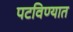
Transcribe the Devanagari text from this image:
पटविण्यात